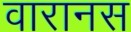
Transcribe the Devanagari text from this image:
वारानस